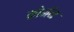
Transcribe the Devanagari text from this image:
कोनॅन